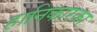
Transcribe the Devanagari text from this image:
हानिकारका